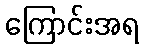
ကြောင်းအရ